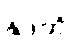
နုဒတိ